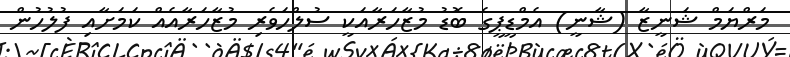
މަރްޔަމް ޝަނީޒާ (ޝާނީ) އެމްޑީޕީގެ ބޮޑު މުޒާހަރާއަކީ ސުލްހަވެރި މުޒާހަރާއެއް ކަމަށާއި ފުލުހުން